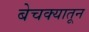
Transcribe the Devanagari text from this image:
बेचक्‍यातून